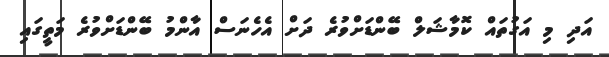
އަދި މި އަގުތައް ކޮމާޝަލް ބޭންޑަށްވުރެ ދަށް އެހެނަސް އާންމު ބޭންޑަށްވުރެ މަތީގައި